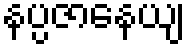
နပ္ပဇာနေယျ